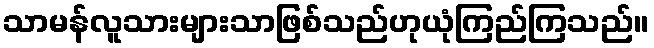
သာမန်လူသားများသာဖြစ်သည်ဟုယုံကြည်ကြသည်။